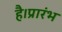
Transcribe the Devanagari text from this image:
है।प्रारंभ